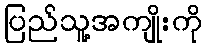
ပြည်သူ့အကျိုးကို